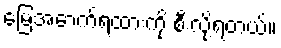
မြေအောက်ရထားကို စီးလို့ရတယ်။